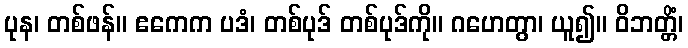
ပုန၊ တစ်ဖန်။ ဧကေက ပဒံ၊ တစ်ပုဒ် တစ်ပုဒ်ကို။ ဂဟေတွာ၊ ယူ၍။ ဝိဘတ္တိံ၊